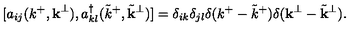
[ a _ { i j } ( k ^ { + } , { \bf k } ^ { \perp } ) , a _ { k l } ^ { \dagger } ( { \tilde { k } } ^ { + } , { \tilde { \bf k } } ^ { \perp } ) ] = \delta _ { i k } \delta _ { j l } \delta ( k ^ { + } - { \tilde { k } } ^ { + } ) \delta ( { \bf k } ^ { \perp } - { \tilde { \bf k } } ^ { \perp } ) .